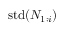
\mathrm { s t d } ( N _ { 1 : i } )